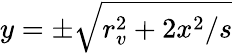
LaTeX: y=\pm\sqrt{r_{v}^{2}+2x^{2}/s}